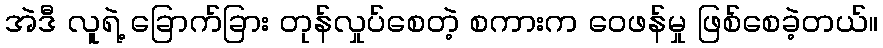
အဲဒီ လူရဲ့ ခြောက်ခြား တုန်လှုပ်စေတဲ့ စကားက ဝေဖန်မှု ဖြစ်စေခဲ့တယ်။